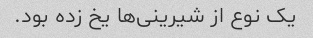
یک نوع از شیرینى‌ها یخ زده بود.